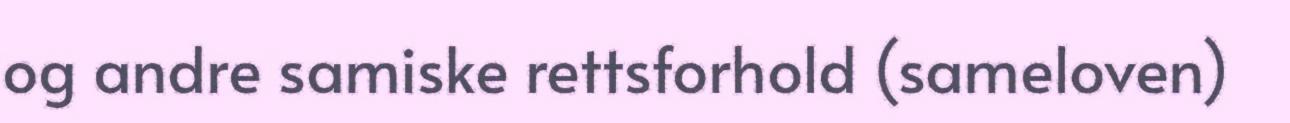
og andre samiske rettsforhold (sameloven)